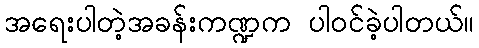
အရေးပါတဲ့အခန်းကဏ္ဍက ပါ၀င်ခဲ့ပါတယ်။